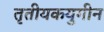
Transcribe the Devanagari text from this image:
तृतीयकयुगीन